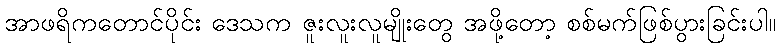
အာဖရိကတောင်ပိုင်း ဒေသက ဇူးလူးလူမျိုးတွေ အဖို့တော့ စစ်မက်ဖြစ်ပွားခြင်းပါ။